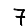
Digit: 7